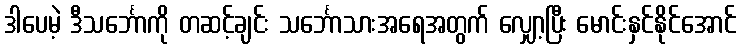
ဒါပေမဲ့ ဒီသင်္ဘောကို တဆင့်ချင်း သင်္ဘောသားအရေအတွက် လျှော့ပြီး မောင်းနှင်နိုင်အောင်